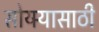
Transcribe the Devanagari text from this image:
सोयर्‍यासाठी